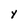
Character: Y